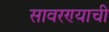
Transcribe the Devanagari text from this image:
सावरण्याची